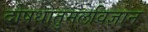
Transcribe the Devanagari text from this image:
दोषधातुमलविज्ञान